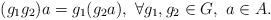
LaTeX: \begin{align*}(g_1g_2)a = g_1(g_2a) , \ \forall g_1, g_2 \in G, \ a \in A.\end{align*}